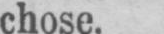
chose.